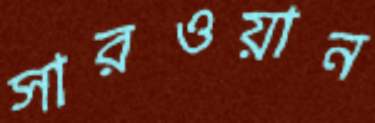
সারওয়ান